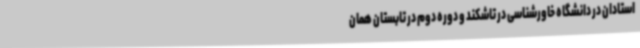
استادان در دانشگاه خاورشناسی در تاشکند و دوره دوم در تابستان همان